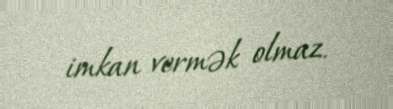
imkan vermək olmaz.